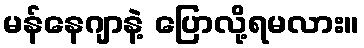
မန်နေဂျာနဲ့ ပြောလို့ရမလား။